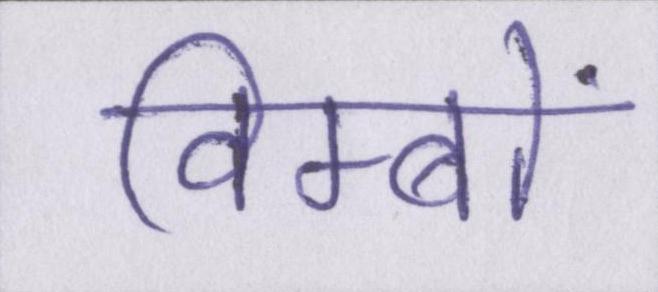
विम्बों